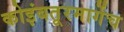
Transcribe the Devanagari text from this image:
कोइंबतूरमार्गेच